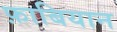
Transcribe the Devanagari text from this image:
फ़ाबियान